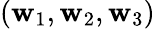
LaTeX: (\mathbf{w}_{1},\mathbf{w}_{2},\mathbf{w}_{3})